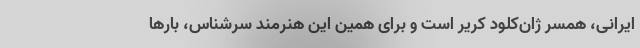
ایرانی، همسر ژان‌کلود کَریِر است و برای همین این هنرمند سرشناس، بارها